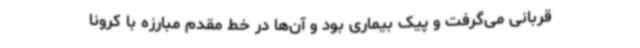
قربانی می‌گرفت و پیک بیماری بود و آن‌ها در خط مقدم مبارزه با کرونا